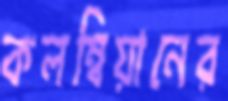
কলম্বিয়ানের